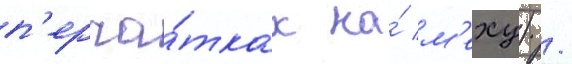
п'ерча́тках на́ м'еху) /